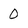
Character: 0